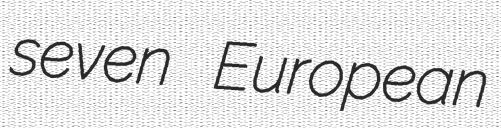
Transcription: seven European